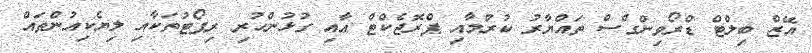
އޭޒް ބިލްޓް ޑްރޯވިންގްސް ތައްޔާރު ކުރުމާއި ޕްރޮޖެކްޓް އާއި ގުޅުންހުރި ރިޕޯޓުތަކާއި ލިޔެކިއުންތައް